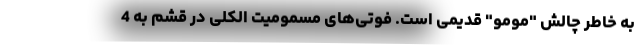
به خاطر چالش "مومو" قدیمی است. فوتی‌های مسمومیت الکلی در قشم به 4